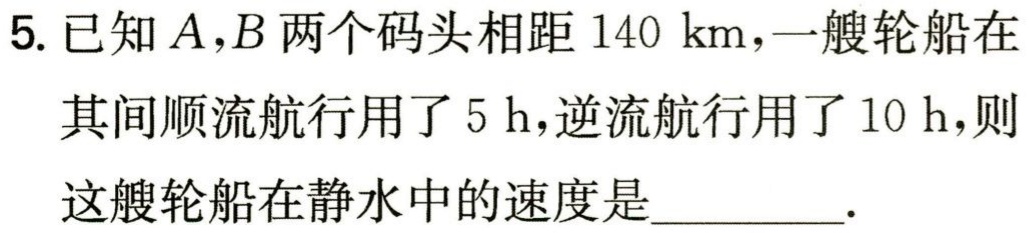
5. 已知\(A,B\)两个码头相距\(140 \text{ km}\)，一艘轮船在其间顺流航行用了\(5 \text{ h}\)，逆流航行用了\(10 \text{ h}\)，则这艘轮船在静水中的速度是_________.